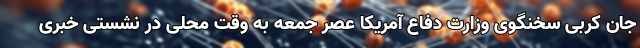
جان کربی سخنگوی وزارت دفاع آمریکا عصر جمعه به وقت محلی در نشستی خبری